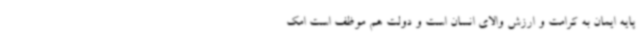
پایه ایمان به کرامت و ارزش والای انسان است و دولت هم موظف است امک